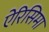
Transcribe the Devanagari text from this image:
ऐरिसिमा